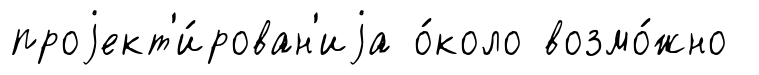
проjект'и́рован'иjа о́коло возмо́жно